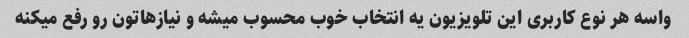
واسه هر نوع کاربری این تلویزیون یه انتخاب خوب محسوب میشه و نیازهاتون رو رفع میکنه